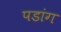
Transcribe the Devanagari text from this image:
पडांग